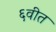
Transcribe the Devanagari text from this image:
६वीत